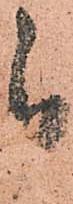
被